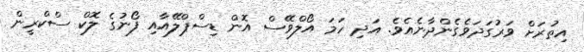
އިތުރަށް ވަރުގަދަވެގެންދާނެއެވެ. އަދި ހަމަ އޯލްވޭސް އޮން ޑިސްޕްލޭއާއި ފޯނުގެ ލޮކް ސްކްރީން